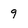
Character: 9